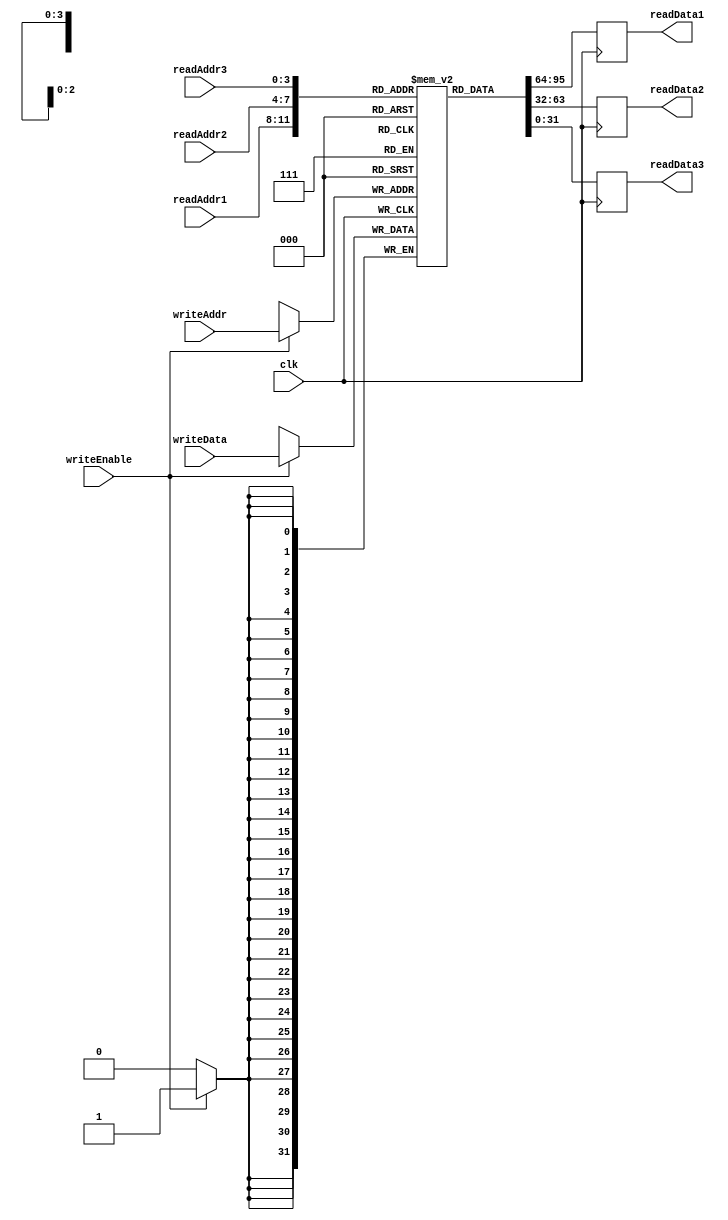
module MemoryBlocksMultiportRegisterFile(
    input wire clk,
    input wire [3:0] readAddr1, readAddr2, readAddr3,
    input wire [3:0] writeAddr,
    input wire [31:0] writeData,
    input wire writeEnable,
    output reg [31:0] readData1, readData2, readData3
);

reg [31:0] memory [0:15];

always @(posedge clk) begin
    if(writeEnable) begin
        memory[writeAddr] <= writeData;
    end
    readData1 <= memory[readAddr1];
    readData2 <= memory[readAddr2];
    readData3 <= memory[readAddr3];
end

endmodule